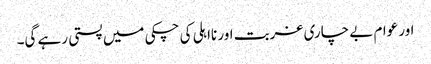
اور عوام بے چاری غربت اور نااہلی کی چکی میں پستی رہے گی۔